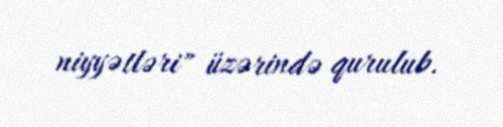
niyyətləri" üzərində qurulub.